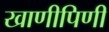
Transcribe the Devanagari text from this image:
खाणीपिणी